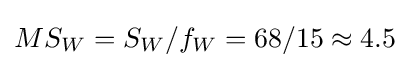
MS_{W}=S_{W}/f_{W}=68/15\approx 4.5